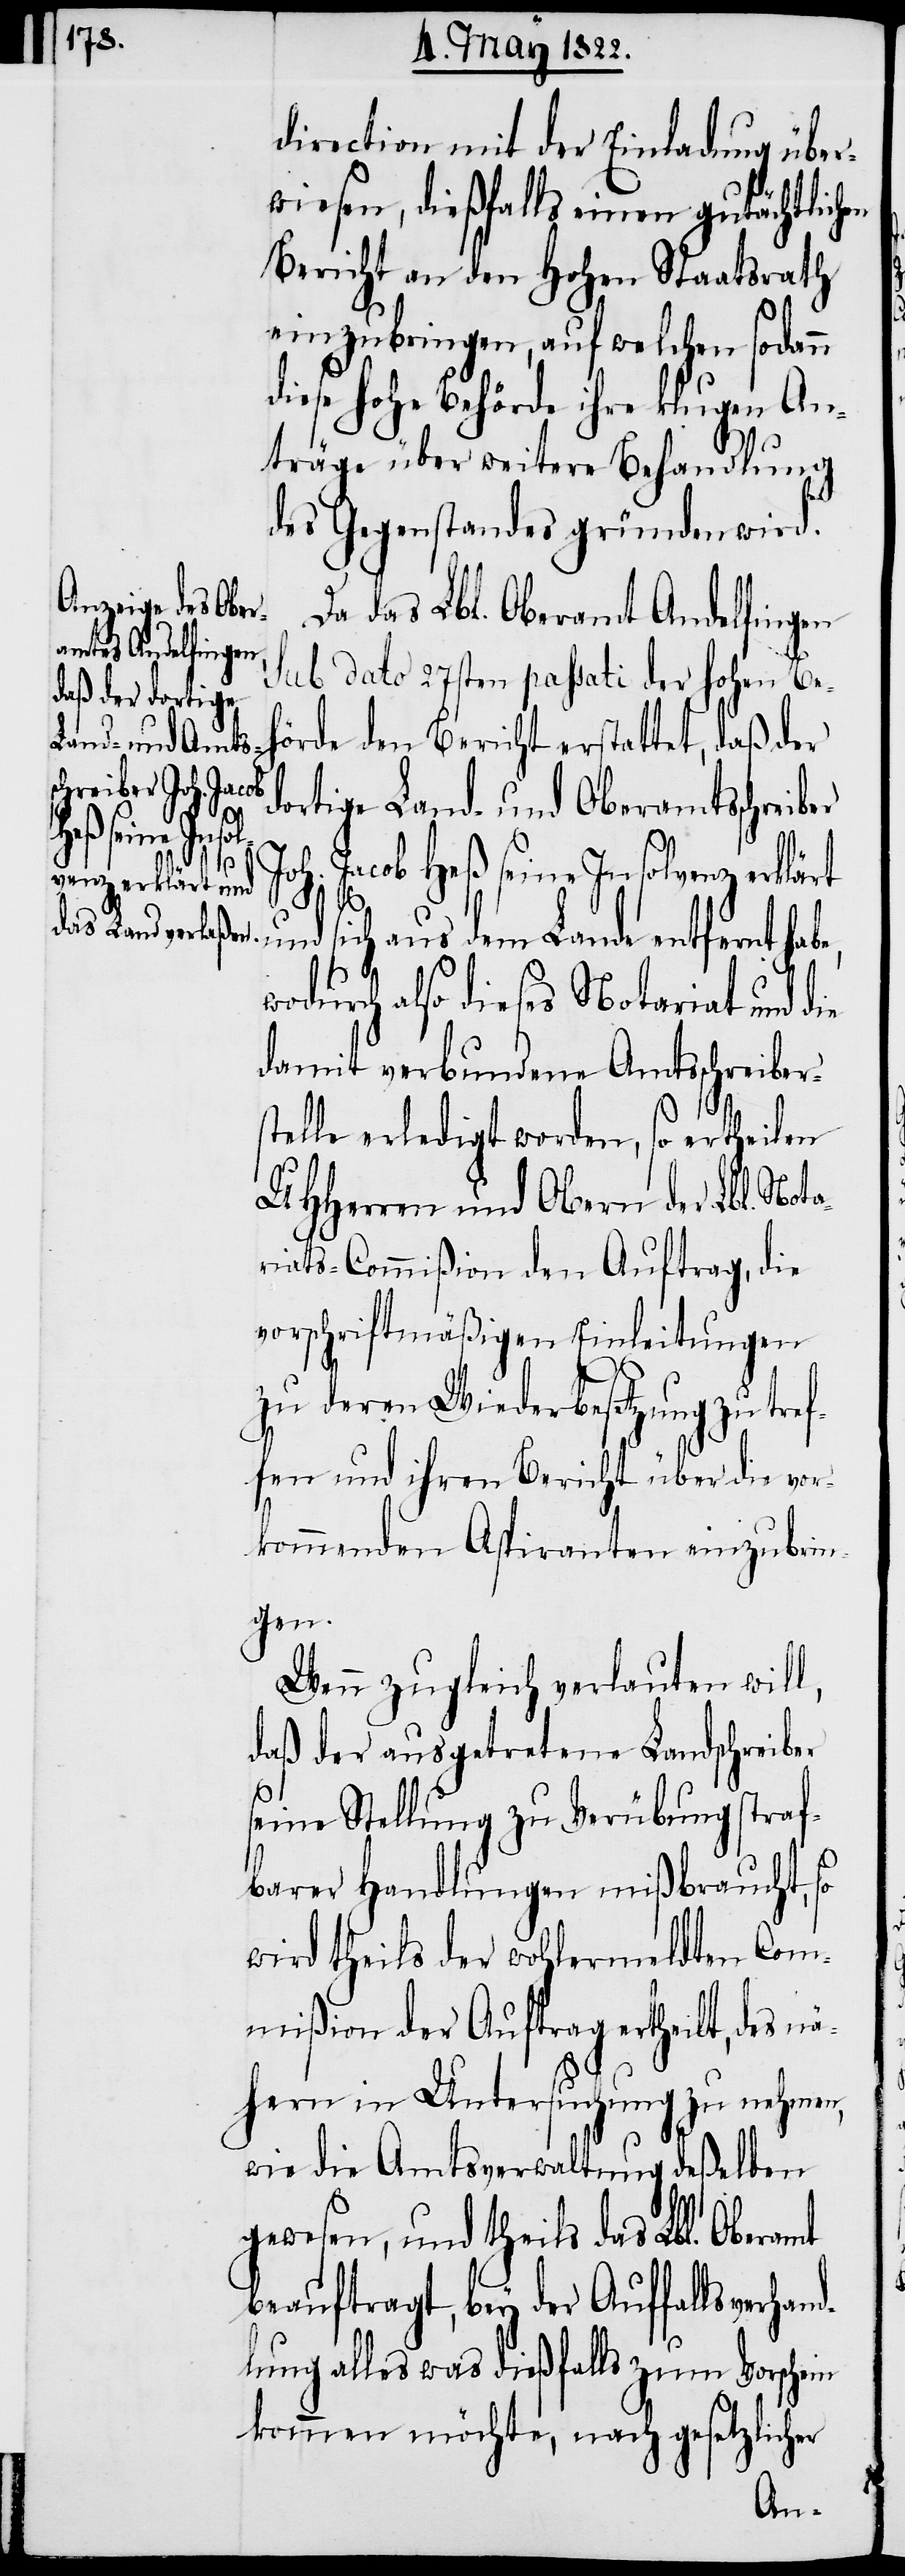
direction mit der Einladung über¬
wiesen, dießfalls einen gutächtlich¬
Bericht an den hohen Staatsrath
einzubringen, auf welchen sodann
diese hohe Behörde ihre klugen An¬
träge über weitere Behandlung
des Gegenstandes gründen wird.
Da das Lbl. Oberamt Andelfingen
sub dato 17sten passati der hohen Be¬
dortige Land- und Oberamtsschreiber
Lande entfernt
oh. Jacob Heß seine Insolvenz erklärt
habe,
wodurch also dieses Notariat und die
damit verbundene Amtsschreibers¬
J¬
telle erledigt worden, so ertheilen
UHHerren und Obern der Lbl. Nota¬
riats-Commißion den Auftrag, die
vorschriftsmäßigen Einleitungen
zu deren Wiederbesetzung zu tref¬
fen und ihren Bericht über die vor¬
kommenden Aspiranten einzubrin¬
gen.
Wenn zugleich verlauten will,
daß der ausgetretene Landschreiber
seine Stellung zu Verübung straf¬
barer Handlungen mißbraucht, so
wird theils der wohlermeldten Com¬
mißion der Auftrag ertheilt, des nä¬
hern in Untersuchung deßelben
gewesen, und theils das Lbl. Oberamt
beauftragt, bey der Auffallsverhan¬
dlung alles was dießfalls zum Vorschein
kommen möchte, nach gesetzlicher